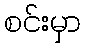
စင်းမှာ